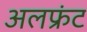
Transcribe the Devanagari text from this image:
अलफ्रंट